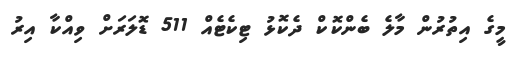
މީގެ އިތުރުން މާލެ ބެންކޮކް ދެކޮޅު ޓިކެޓެއް 511 ޑޮލަރަށް ވިއްކާ އިރު